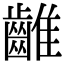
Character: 𪘮